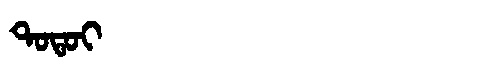
Manchu: ᡨᠣᡨᠣᡳ
Romanization: TOTOI